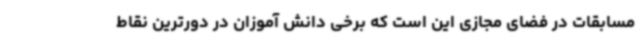
مسابقات در فضای مجازی این است که برخی دانش آموزان در دورترین نقاط